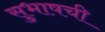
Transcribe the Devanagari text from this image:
सुभाषची